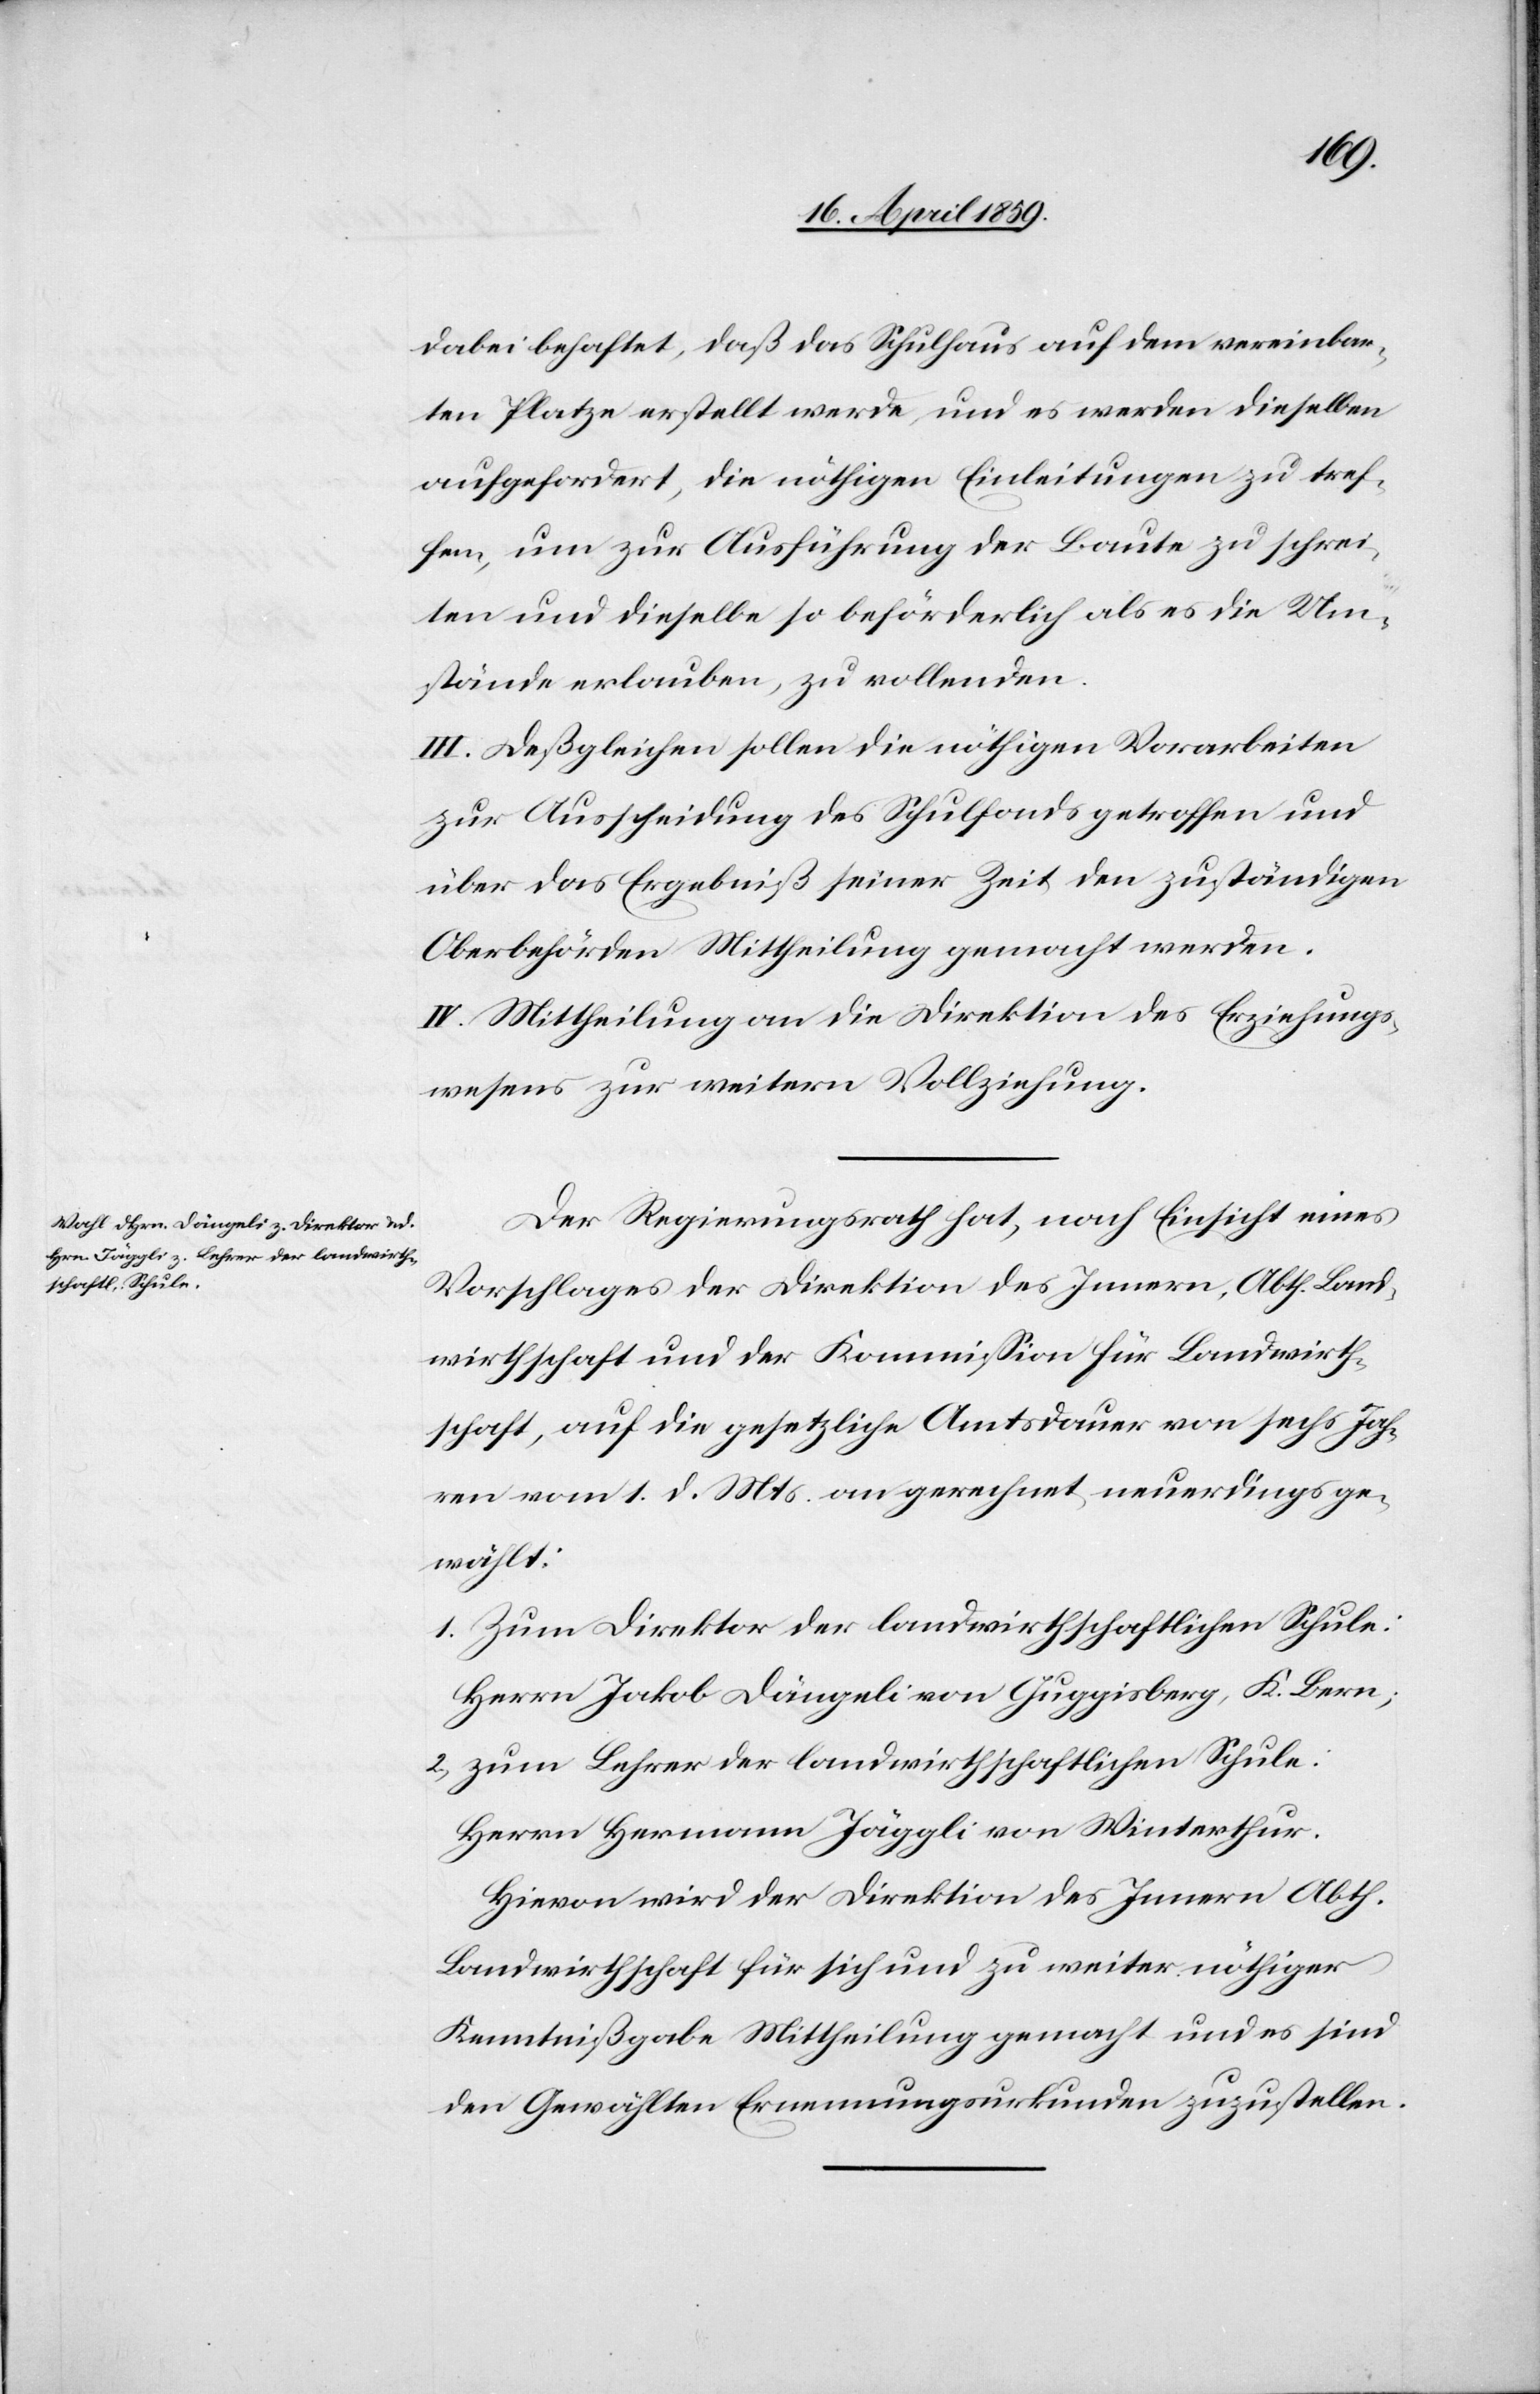
dabei behaftet, daß das Schulhaus auf dem vereinbar¬
ten Platze erstellt werde, und es werden dieselben
aufgefordert, die nöthigen Einleitungen zu tref¬
fen, um zur Ausführung der Baute zu schrei¬
ten und dieselbe so beförderlich als es die Um¬
stände erlauben, zu vollenden.
III. Deßgleichen sollen die nöthigen Vorarbeiten
zur Ausscheidung des Schulfonds getroffen und
über das Ergebniß seiner Zeit den zuständigen
Oberbehörden Mittheilung gemacht werden.
IV. Mittheilung an die Direktion des Erziehungs¬
wesens zur weitern Vollziehung.
Der Regierungsrath hat, nach Einsicht eines
Vorschlages der Direktion des Innern, Abth. Land¬
wirthschaft und der Kommißion für Landwirth¬
schaft, auf die gesetzliche Amtsdauer von sechs Jah¬
ren vom 1. d. Mts. an gerechnet neuerdings ge¬
wählt:
1) Zum Direktor der landwirthschaftlichen Schule:
Herrn Jakob Dängeli von Guggisberg, K. Bern;
2) zum Lehrer der landwirthschaftlichen Schule:
Herrn Hermann Jäggli von Winterthur.
Hievon wird der Direktion des Innern Abth.
Landwirthschaft für sich und zu weiter nöthiger
Kenntnißgabe Mittheilung gemacht und es sind
den Gewählten Ernennungsurkunden zuzustellen.